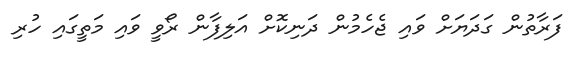
ފަރާތުން ގަދަޔަށް ވައި ޖެހެމުން ދަނިކޮށް އަލިފާން ރޯވީ ވައި މަތީގައި ހުރި